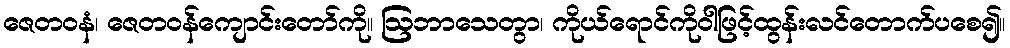
ဇေတဝနံ၊ ဇေတဝန်ကျောင်းတော်ကို။ ဩဘာသေတွာ၊ ကိုယ်ရောင်ကိုဝါဖြင့်ထွန်းလင်တောက်ပစေ၍။